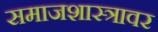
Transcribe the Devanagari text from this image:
समाजशास्त्रावर